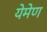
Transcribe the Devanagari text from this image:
येमेण